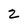
Character: 2